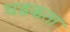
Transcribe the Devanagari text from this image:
धडकता